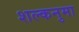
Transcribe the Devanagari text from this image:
शल्कनुमा